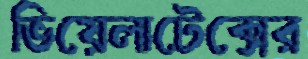
ভিয়েলাটেক্সের